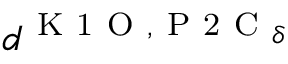
d ^ { \mathrm { ~ K ~ 1 ~ O ~ } , \mathrm { ~ P ~ 2 ~ C ~ } _ { \delta } }